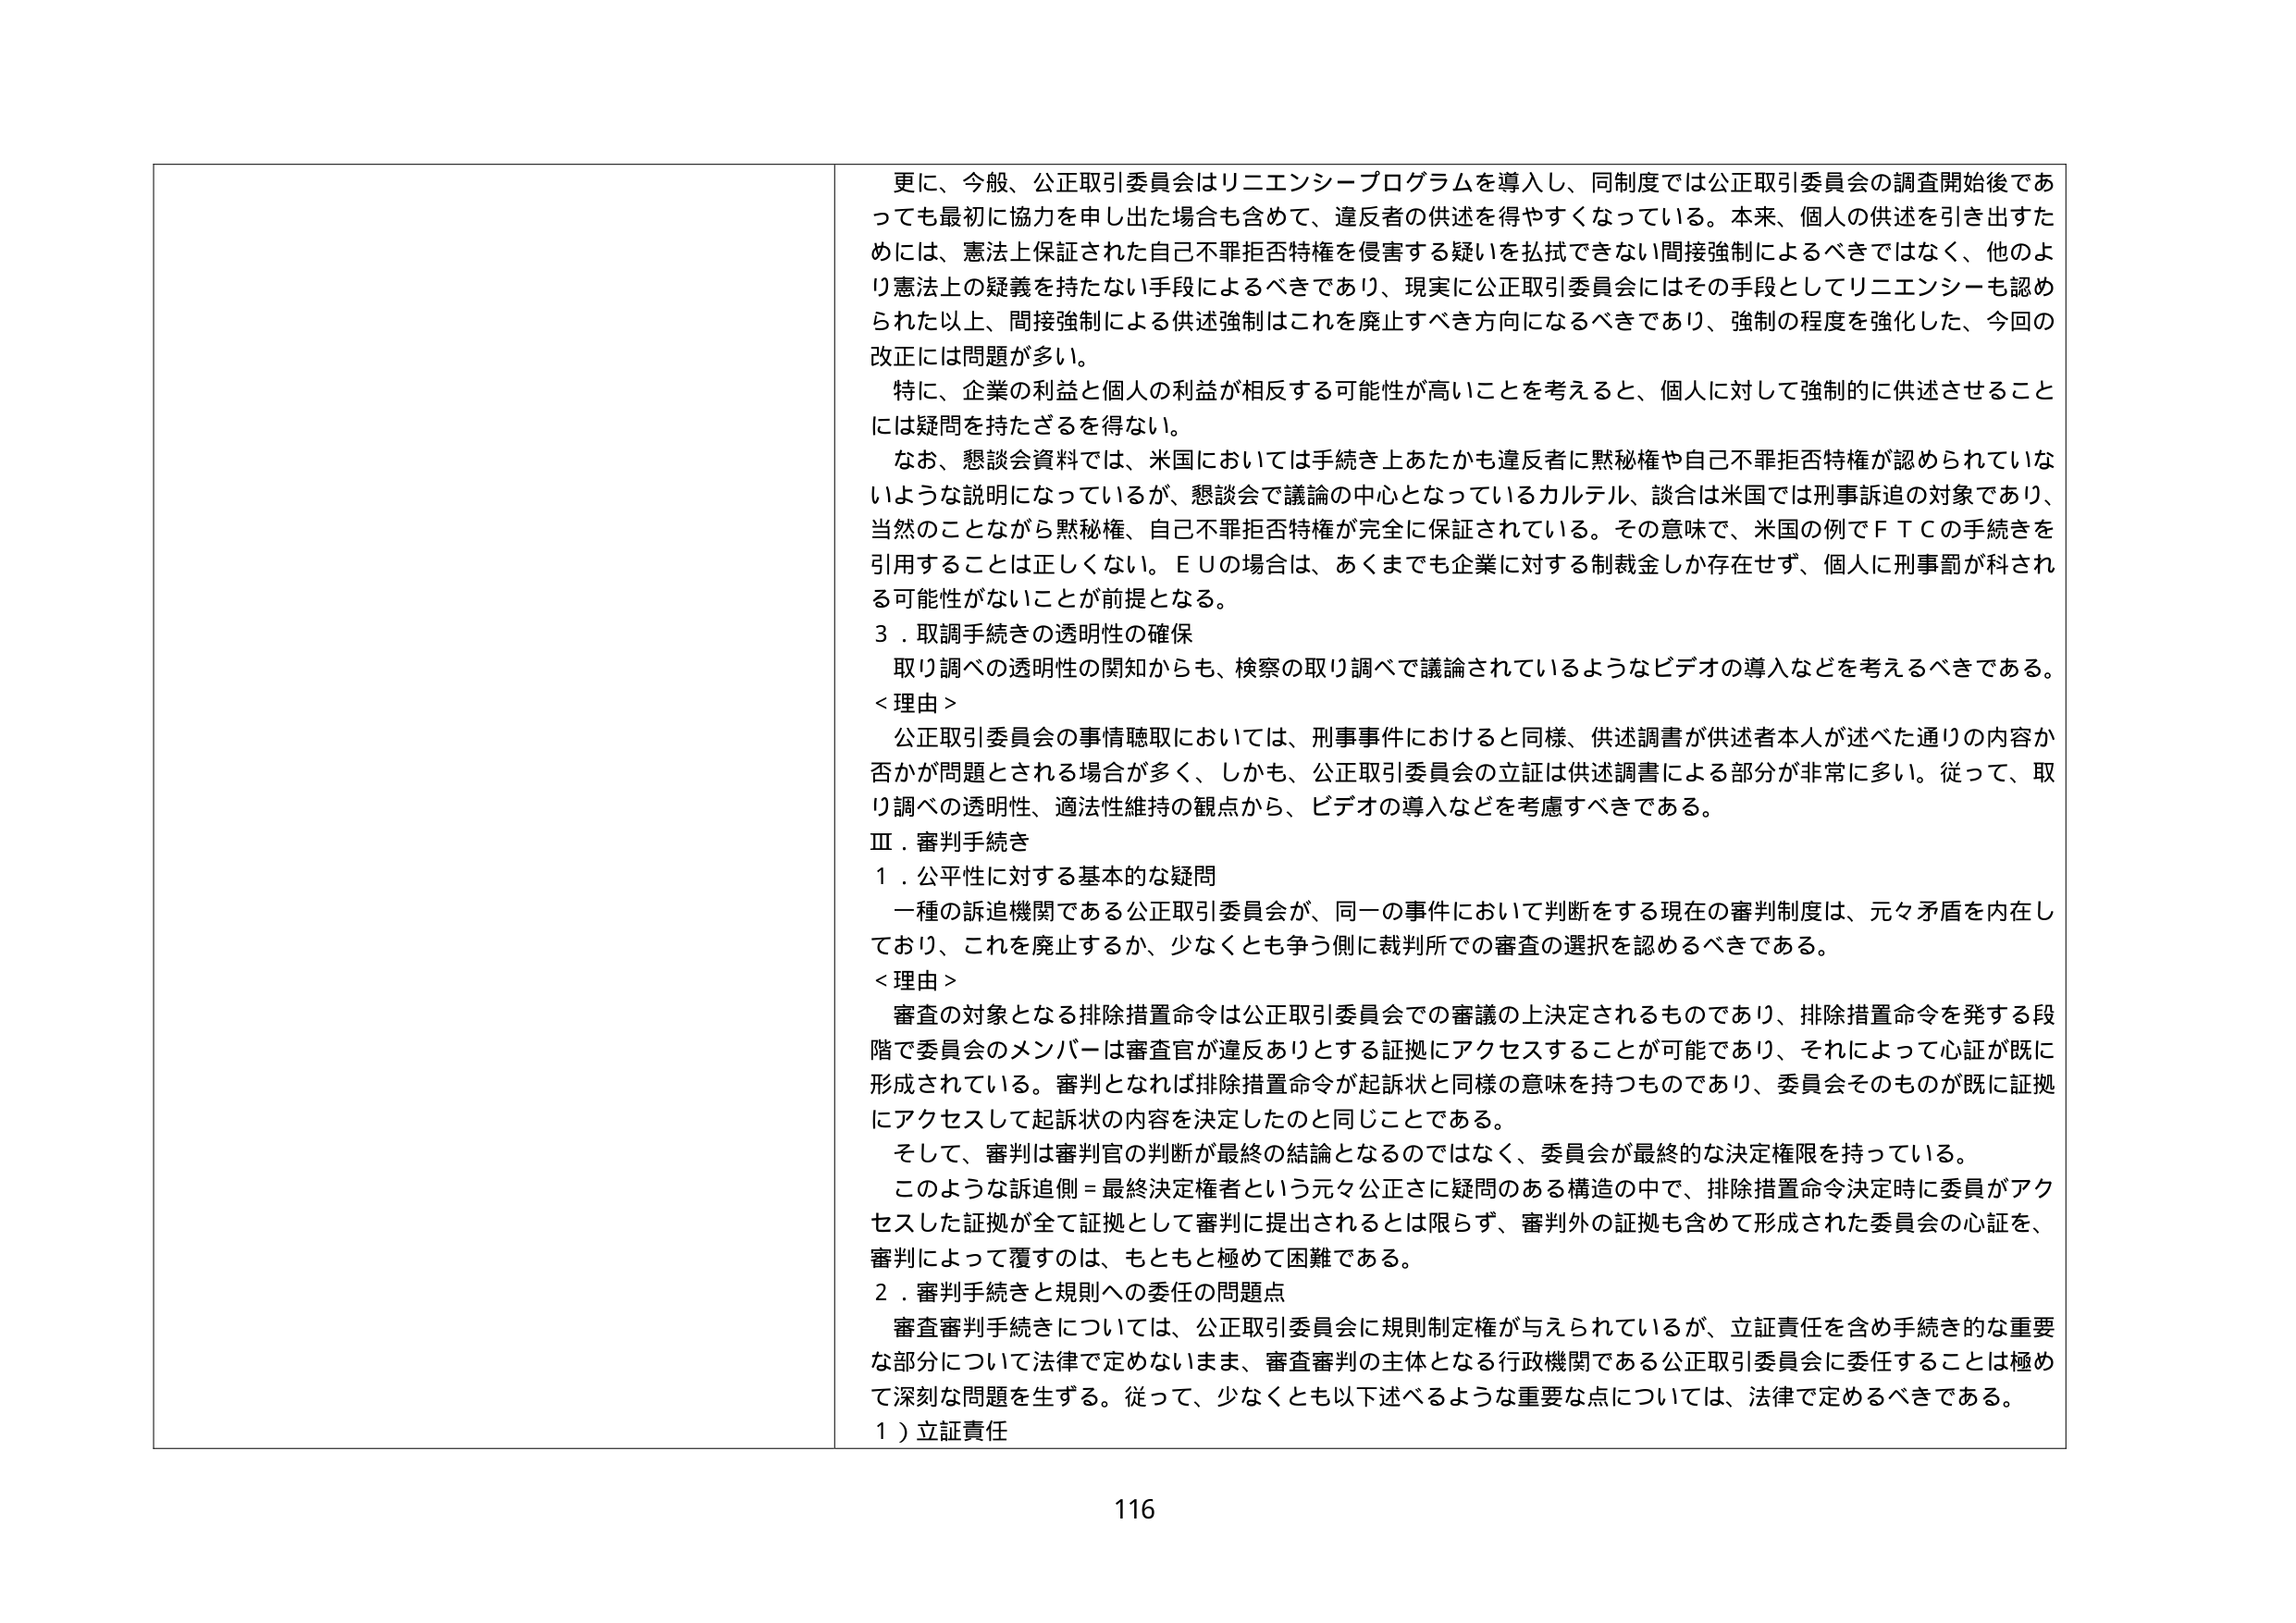
更に、今般、公正取引委員会はリニエンシープログラムを導入し、同制度では公正取引委員会の調査開始後であっても最初に協力を申し出た場合も含めて、違反者の供述を得やすくなっている。本来、個人の供述を引き出すためには、憲法上保証された自己不罪拒否特権を侵害する疑いを拭拭できない間接強制によるべきではなく、他のより憲法上の疑義を持たない手段によるべきであり、現実に公正取引委員会にはその手段としてリニエンシーも認められた以上、間接強制による供述強制はこれを廃止すべき方向になるべきであり、強制の程度を強化した、今回の改正には問題が多い。

特に、企業の利益と個人の利益が相反する可能性が高いことを考えると、個人に対して強制的に供述させることには疑問を持たざるを得ない。

なお、懇談会資料では、米国においては手続き上あたかも違反者に黙秘権や自己不罪拒否特権が認められていないような説明になっているが、懇談会で議論の中心となっているカルテル、談合は米国では刑事訴追の対象であり、当然のことながら黙秘権、自己不罪拒否特権が完全に保証されている。その意味で、米国の例でＦＴＣの手続きを引用することは正しくない。ＥＵの場合は、あくまでも企業に対する制裁金しか存在せず、個人に刑事罰が科される可能性がないことが前提となる。

３．取調手続きの透明性の確保

取り調べの透明性の関知からも、検察の取り調べで議論されているようなビデオの導入などを考えるべきである。

＜理由＞

公正取引委員会の事情聴取においては、刑事事件におけると同様、供述調書が供述者本人が述べた通りの内容か否かが問題とされる場合が多く、しかも、公正取引委員会の立証は供述調書による部分が非常に多い。従って、取り調べの透明性、適法性維持の観点から、ビデオの導入などを考慮すべきである。

Ⅲ．審判手続き

１．公平性に対する基本的な疑問

一種の訴追機関である公正取引委員会が、同一の事件において判断をする現在の審判制度は、元々矛盾を内在しており、これを廃止するか、少なくとも争う側に裁判所での審査の選択を認めるべきである。

＜理由＞

審査の対象となる排除措置命令は公正取引委員会での審議の上決定されるものであり、排除措置命令を発する段階で委員会のメンバーは審査官が違反ありとする証拠にアクセスすることが可能であり、それによって心証が既に形成されている。審判となれば排除措置命令が起訴状と同様の意味を持つものであり、委員会そのものが既に証拠にアクセスして起訴状の内容を決定したのと同じことである。

そして、審判は審判官の判断が最終の結論となるのではなく、委員会が最終的な決定権限を持っている。

このような訴追側＝最終決定権者という元々公正さに疑問のある構造の中で、排除措置命令決定時に委員がアクセスした証拠が全て証拠として審判に提出されるとは限らず、審判外の証拠も含めて形成された委員会の心証を、審判によって覆すのは、もともと極めて困難である。

２．審判手続きと規則への委任の問題点

審査審判手続きについては、公正取引委員会に規則制定権が与えられているが、立証責任を含め手続き的な重要な部分について法律で定めないまま、審査審判の主体となる行政機関である公正取引委員会に委任することは極めて深刻な問題を生ずる。従って、少なくとも以下述べるような重要な点については、法律で定めるべきである。

１）立証責任

116